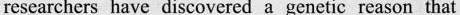
researchers have discovered a genetic reason that